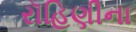
રૉહિણીના